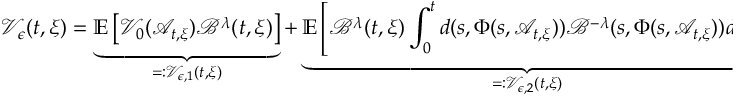
\mathcal { V } _ { \epsilon } ( t , \xi ) = \underbrace { \mathbb { E } \left[ \mathcal { V } _ { 0 } ( \mathcal { A } _ { t , \xi } ) \mathcal { B } ^ { \lambda } ( t , \xi ) \right] } _ { = : \mathcal { V } _ { \epsilon , 1 } ( t , \xi ) } + \underbrace { \mathbb { E } \left[ \mathcal { B } ^ { \lambda } ( t , \xi ) \int _ { 0 } ^ { t } d ( s , \Phi ( s , \mathcal { A } _ { t , \xi } ) ) \mathcal { B } ^ { - \lambda } ( s , \Phi ( s , \mathcal { A } _ { t , \xi } ) ) d s \right] } _ { = : \mathcal { V } _ { \epsilon , 2 } ( t , \xi ) } ,